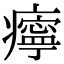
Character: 𤻝